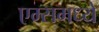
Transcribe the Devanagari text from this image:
एम्समध्ये